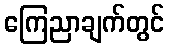
ကြေညာချက်တွင်